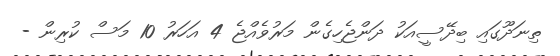
ތިނަދޫގައި ބިދޭސީއަކު ދަންޖެހިގެން މަރުވެއްޖެ 4 އަހަރު 10 މަސް ކުރިން -